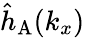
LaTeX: {\hat{h}}_{\mathrm{A}}({k_{x}})